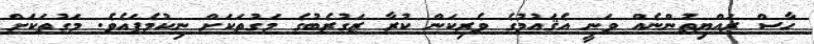
ހާސް ރައްޔިތުންނެއް ވަނީ އެޤައުމުގެ ވެރިކަން ކުރާ ޒަގުރެބުގެ މަގުތަކަށް ނިކުމެފައެވެ. މަގުތަކަށް